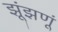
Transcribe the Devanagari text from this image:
झूंझणूं